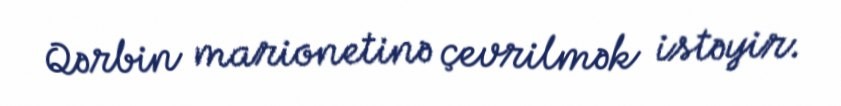
Qərbin marionetinə çevrilmək istəyir.